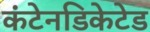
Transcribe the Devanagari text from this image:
कंटेनडिकेटेड